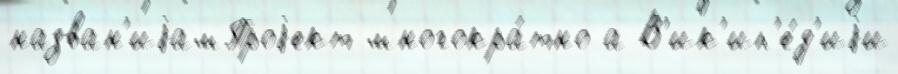
назван'иjамПроjект многокра́тно а В'ик'ип'е́д'иjи